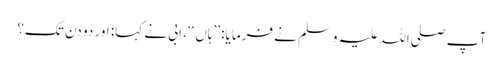
آپ صلی اللہ علیہ وسلم نے فرمایا: ’’ہاں‘‘، ابی نے کہا: اور دو دن تک؟